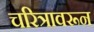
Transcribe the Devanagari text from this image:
चरित्रावरून